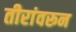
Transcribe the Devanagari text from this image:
तीरांवरून